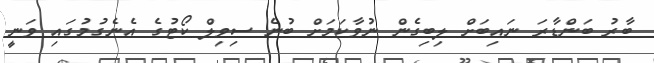
ބާރު ބަންޑާރަ ނައިބަށް ލިބިގެން ނުވާކަމަށް ބުނެ ސިވިލް ކޯޓުގެ އެނެގުމުގައި ވަނީ